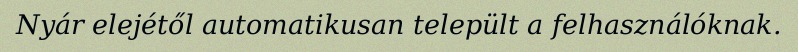
Nyár elejétől automatikusan települt a felhasználóknak.